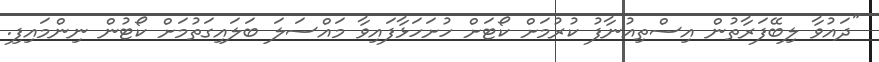
"ދައުވާ ލިބޭފަރާތުން އިސްތިއުނާފު ކުރުމަށް ކޯޓަށް ހުށަހަޅާފައިވާ މައްސަލަ ބަލައިގަތުމަށް ކޯޓުން ނިންމައިފި.